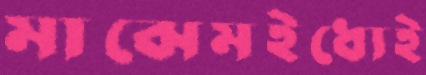
মাঝেমইধ্যেই